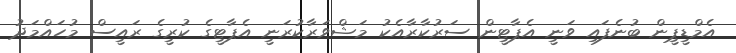
އެމްޑީޕީން ބުނެފައި ވަނީ އެޕާޓީން ސަރުކާރާއެކު މަޝްވަރާކުރަނީ އެޕާޓީގެ ކުރީގެ ރައީސް މުހައްމަދު